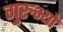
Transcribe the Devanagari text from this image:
गुरुभ्यो